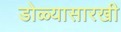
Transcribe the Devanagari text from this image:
डोळ्यासारखी